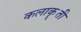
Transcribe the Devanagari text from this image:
कलाकॄती